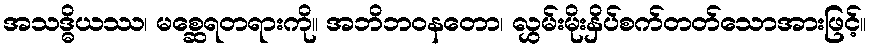
အသဒ္ဓိယဿ၊ မစ္ဆေရတရားကို။ အဘိဘဝနတော၊ လွှမ်းမိုးနှိပ်စက်တတ်သောအားဖြင့်။